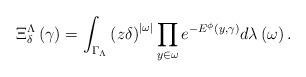
LaTeX: \begin{align*}\Xi_\delta^\Lambda \left( \gamma \right) = \int_{\Gamma_{\Lambda}}\left( z\delta \right) ^{\left\vert \omega \right\vert}\prod\limits_{y\in \omega }e^{-E^\phi\left( y,\gamma \right)}d \lambda \left( \omega \right).\end{align*}